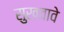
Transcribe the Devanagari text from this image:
सुखवावे